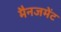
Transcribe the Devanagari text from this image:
मैनजमेंट